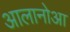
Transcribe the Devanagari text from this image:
आलानोआ